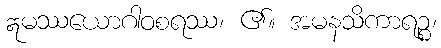
ဣမဿယောဂါဝစရဿ၊ ၏။ အမနသိကာရဉ္စ၊